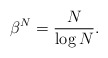
\begin{align*}\beta^N=\frac{N}{\log N}.\end{align*}